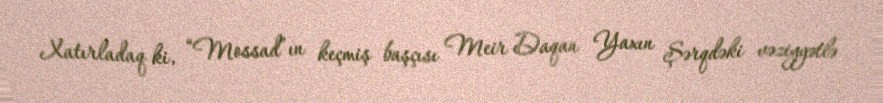
Xatırladaq ki, “Mossad”ın keçmiş başçısı Meir Daqan Yaxın Şərqdəki vəziyyətlə